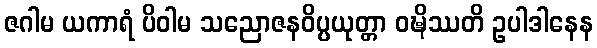
ဇဂါမ ယကာရံ ပိဝါမ သညောဇနဝိပ္ပယုတ္တာ ဝဍ္ဎိဿတိ ဥပါဒါနေန